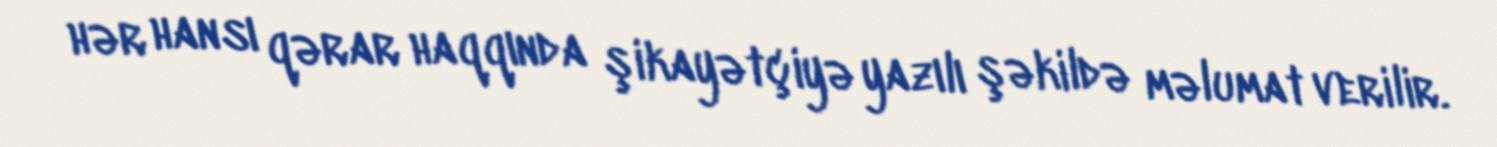
hər hansı qərar haqqında şikayətçiyə yazılı şəkildə məlumat verilir.